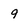
Character: 9